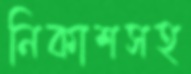
নিকাশসহ